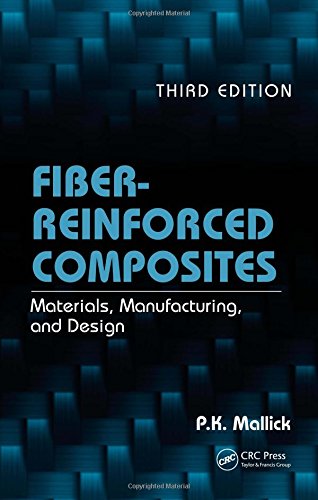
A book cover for Fiber-Reinforced Composites: Materials, Manufacturing, and Design, Third Edition (Mechanical Engineering); P.K. Mallick; Engineering & Transportation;